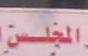
الخلس